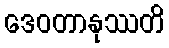
ဒေဝတာနုဿတိ